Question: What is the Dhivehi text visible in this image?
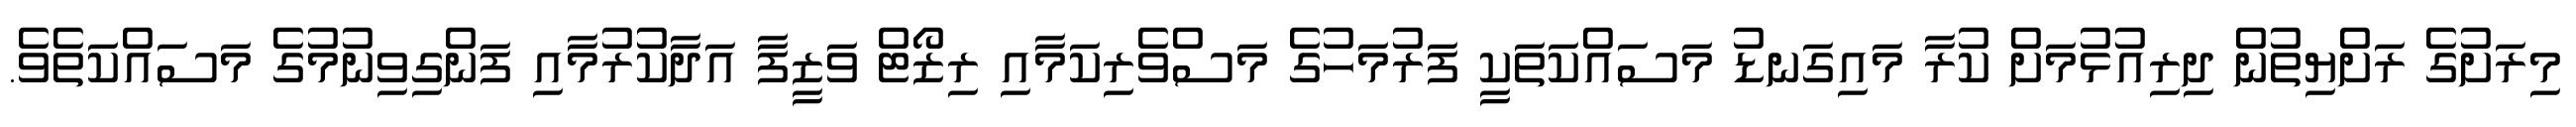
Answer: މިރަށުގެ ރަށްޔިތުން ދިރިއުޅުމަށް ކުރާ މައިގަނޑު މަސައްކަތަކީ ފަރުމަހުގެ މަސްވެރިކަމާއި ރިޒޯޓް ވަޒީފާ އަދާކުރުމާއި ފަންގިވިނުމުގެ މަސައްކަތެވެ.